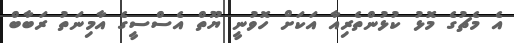
އެ މެޗުގެ މޮޅު ކުޅުންތެރިއާ އަކަށް ހޮވުނީ ޔޫތް އެެސްސީގެ އާމިނަތު ރަބާބް